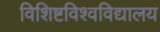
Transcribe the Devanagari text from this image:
विशिष्टविश्वविद्यालय